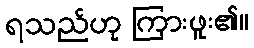
ရသည်ဟု ကြားဖူး၏။